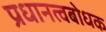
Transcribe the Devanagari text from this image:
प्रधानत्वबोधक